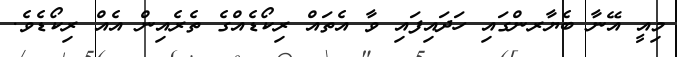
މިއީ އޭނާ ބެޔާރންގައި ހަދައިފައި ވާ އެތައް ރިކޯޑެއްގެ ތެރެއިން އެއް ރިކޯޑެވެ.